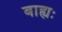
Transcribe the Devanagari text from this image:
बाह्यः